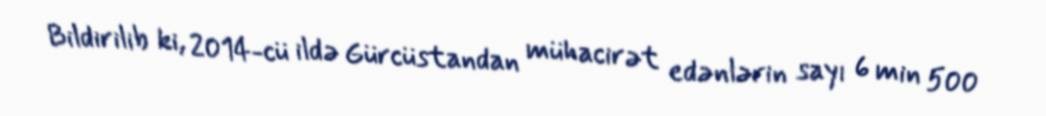
Bildirilib ki, 2014-cü ildə Gürcüstandan mühacirət edənlərin sayı 6 min 500